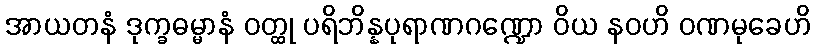
အာယတနံ ဒုက္ခဓမ္မာနံ ဝတ္ထု ပရိဘိန္နပုရာဏဂဏ္ဍော ဝိယ နဝဟိ ဝဏမုခေဟိ